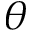
\theta